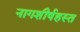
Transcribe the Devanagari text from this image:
नागशीर्षहस्त